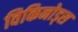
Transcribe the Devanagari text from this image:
विकिनोड्स